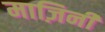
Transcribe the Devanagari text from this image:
माज़िनी